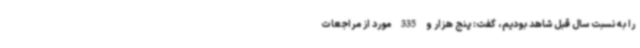
را به نسبت سال قبل شاهد بودیم، گفت: پنج هزار و 335 مورد از مراجعات